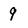
Character: 9